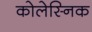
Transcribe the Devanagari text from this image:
कोलेस्निक